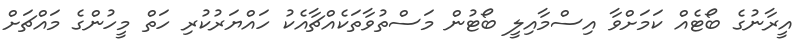
އީރާނުގެ ބޯޓެއް ކަމަށްވާ އިސްމާއިލީ ބޯޓުން މަސްތުވާތަކެއްޗާއެކު ހައްޔަރުކުރި ހަތް މީހުންގެ މައްޗަށް